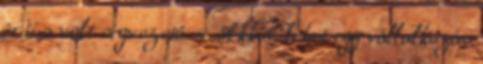
érti a volt cégvezetô. — Akkor lehet egy vállalkozás